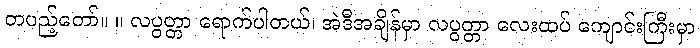
တပည့်တော်။ ။ လပွတ္တာ ရောက်ပါတယ်၊ အဲဒီအချိန်မှာ လပွတ္တာ လေးထပ် ကျောင်းကြီးမှာ